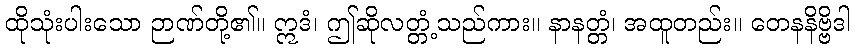
ထိုသုံးပါးသော ဉာဏ်တို့၏။ ဣဒံ၊ ဤဆိုလတ္တံ့သည်ကား။ နာနတ္တံ၊ အထူတည်း။ တေနနိဗ္ဗိဒါ